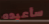
سأعيده